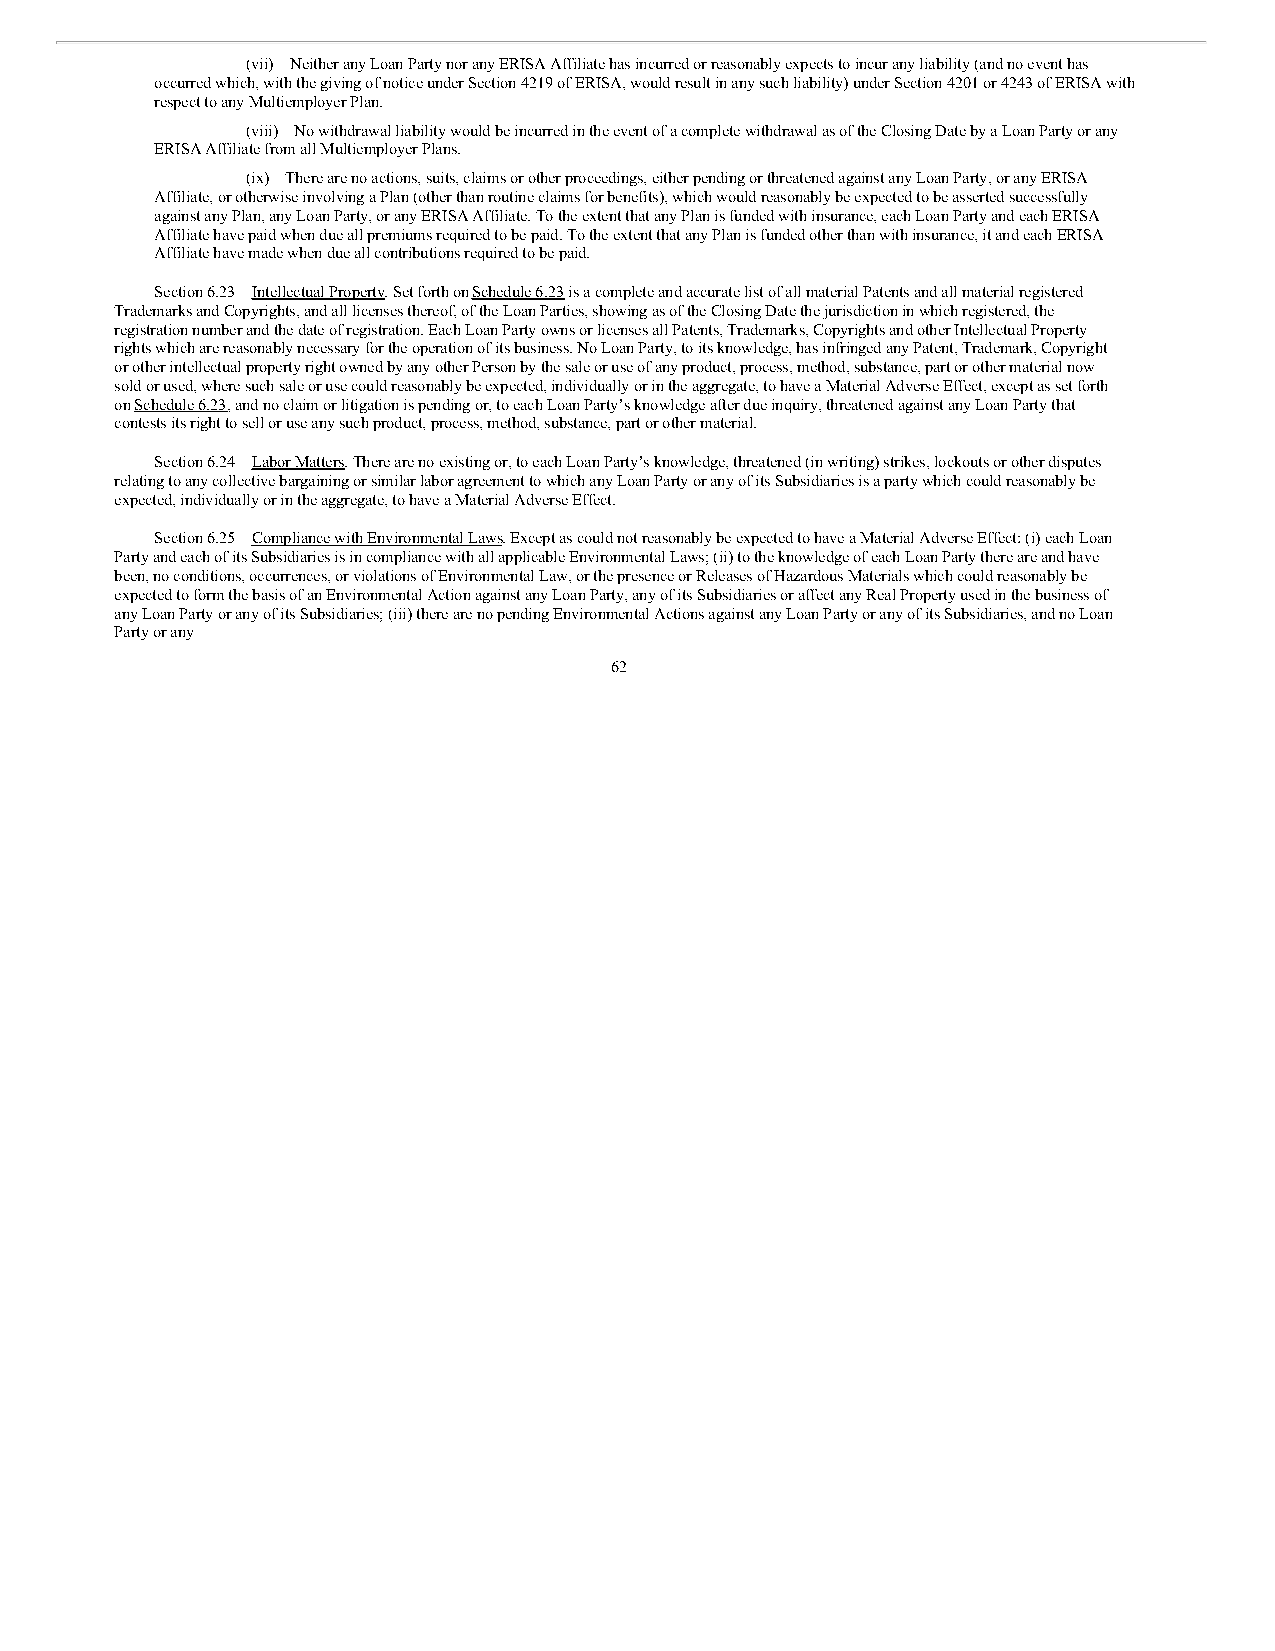
(vii) Neither any Loan Party nor any ERISA Affiliate has incurred or reasonably expects to incur any liability (and no event has
 occurred which, with the giving of notice under Section 4219 of ERISA, would result in any such liability) under Section 4201 or 4243 of ERISA with
 respect to any Multiemployer Plan.
 (viii) No withdrawal liability would be incurred in the event of a complete withdrawal as of the Closing Date by a Loan Party or any
 ERISA Affiliate from all Multiemployer Plans.
 (ix) There are no actions, suits, claims or other proceedings, either pending or threatened against any Loan Party, or any ERISA
 Affiliate, or otherwise involving a Plan (other than routine claims for benefits), which would reasonably be expected to be asserted successfully
 against any Plan, any Loan Party, or any ERISA Affiliate. To the extent that any Plan is funded with insurance, each Loan Party and each ERISA
 Affiliate have paid when due all premiums required to be paid. To the extent that any Plan is funded other than with insurance, it and each ERISA
 Affiliate have made when due all contributions required to be paid.
 Section 6.23 Intellectual Property. Set forth on Schedule 6.23 is a complete and accurate list of all material Patents and all material registered
 Trademarks and Copyrights, and all licenses thereof, of the Loan Parties, showing as of the Closing Date the jurisdiction in which registered, the
 registration number and the date of registration. Each Loan Party owns or licenses all Patents, Trademarks, Copyrights and other Intellectual Property
 rights which are reasonably necessary for the operation of its business. No Loan Party, to its knowledge, has infringed any Patent, Trademark, Copyright
 or other intellectual property right owned by any other Person by the sale or use of any product, process, method, substance, part or other material now
 sold or used, where such sale or use could reasonably be expected, individually or in the aggregate, to have a Material Adverse Effect, except as set forth
 on Schedule 6.23, and no claim or litigation is pending or, to each Loan Party’s knowledge after due inquiry, threatened against any Loan Party that
 contests its right to sell or use any such product, process, method, substance, part or other material.
 Section 6.24 Labor Matters. There are no existing or, to each Loan Party’s knowledge, threatened (in writing) strikes, lockouts or other disputes
 relating to any collective bargaining or similar labor agreement to which any Loan Party or any of its Subsidiaries is a party which could reasonably be
 expected, individually or in the aggregate, to have a Material Adverse Effect.
 Section 6.25 Compliance with Environmental Laws. Except as could not reasonably be expected to have a Material Adverse Effect: (i) each Loan
 Party and each of its Subsidiaries is in compliance with all applicable Environmental Laws; (ii) to the knowledge of each Loan Party there are and have
 been, no conditions, occurrences, or violations of Environmental Law, or the presence or Releases of Hazardous Materials which could reasonably be
 expected to form the basis of an Environmental Action against any Loan Party, any of its Subsidiaries or affect any Real Property used in the business of
 any Loan Party or any of its Subsidiaries; (iii) there are no pending Environmental Actions against any Loan Party or any of its Subsidiaries, and no Loan
 Party or any
 62